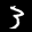
Label: 3